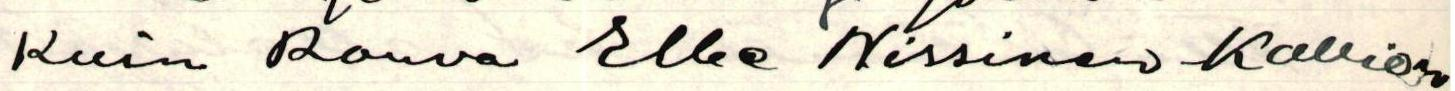
Kuin rouva Elbe Nissinen-Kallion